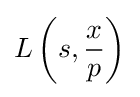
L\left(s,{\dfrac {x}{p}}\right)